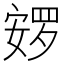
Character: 𰍚